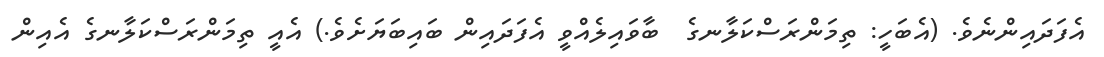
އެފަދައިންނެވެ. (އެބަހީ: ތިމަންރަސްކަލާނގެ  ބާވައިލެއްވީ އެފަދައިން ބައިބަޔަށެވެ.) އެއީ ތިމަންރަސްކަލާނގެ އެއިން